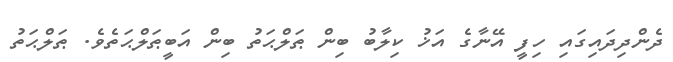
ދެންދިދައިގައި ހިފީ އޭނާގެ އަޚު ކިލާބު ބިން ޠަލްޙަތު ބިން އަބީޠަލްޙަތެވެ. ޠަލްޙަތު